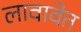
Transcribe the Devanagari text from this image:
लावावेत